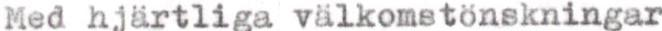
Med hjärtliga välkomstönskningar